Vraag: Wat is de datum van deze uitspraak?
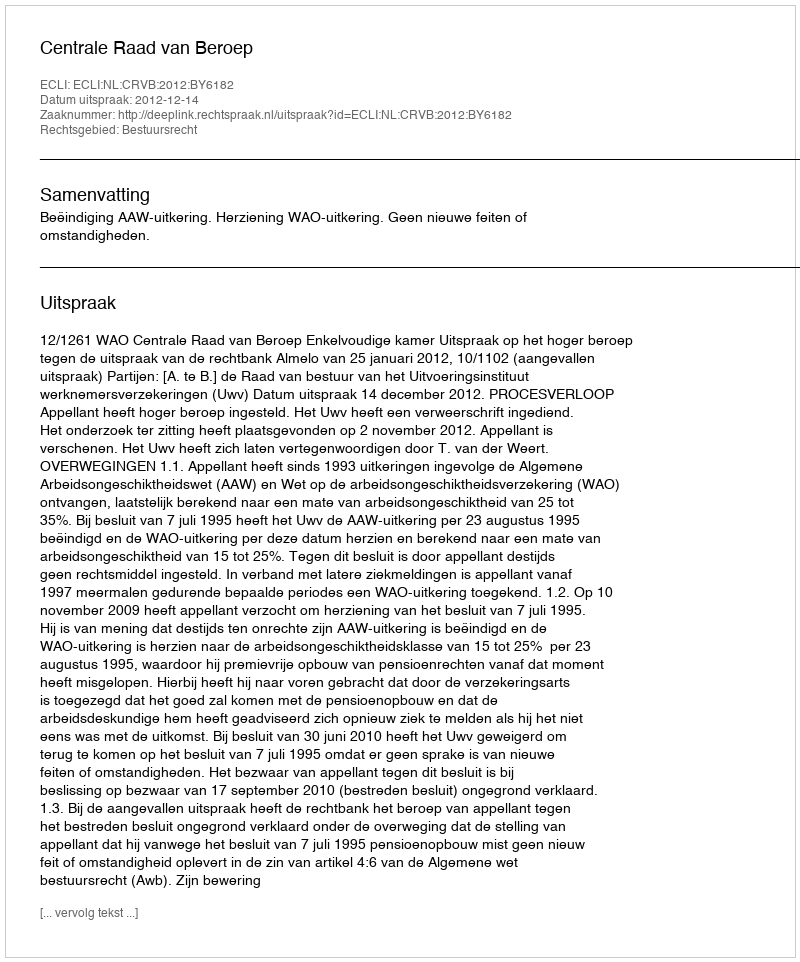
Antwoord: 2012-12-14